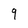
Character: 9